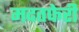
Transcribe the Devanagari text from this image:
मदतफेरी